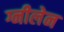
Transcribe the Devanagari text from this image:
ग्नीलेन